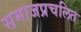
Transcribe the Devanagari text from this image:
समाजप्रचलित